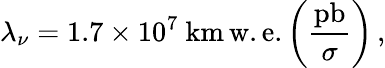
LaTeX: \lambda_{\nu}=1.7\times 10^{7}~\mathrm{km}\, \mathrm{w.e.}\left(\frac{\mathrm{pb}}{\sigma}\right)\, ,